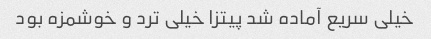
خیلی سریع آماده شد پیتزا خیلی ترد و خوشمزه بود